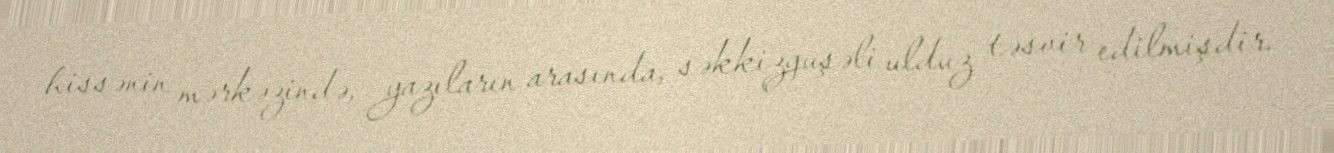
hissənin mərkəzində, yazıların arasında, səkkizguşəli ulduz təsvir edilmişdir.